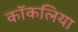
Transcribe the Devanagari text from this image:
कॉकलिया